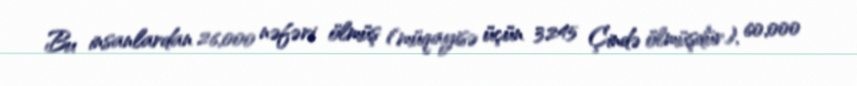
Bu insanlardan 26,000 nəfəri ölmüş (müqayisə üçün 3245 Çində ölmüşdür), 60,000